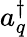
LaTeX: a_{q}^{\dagger}